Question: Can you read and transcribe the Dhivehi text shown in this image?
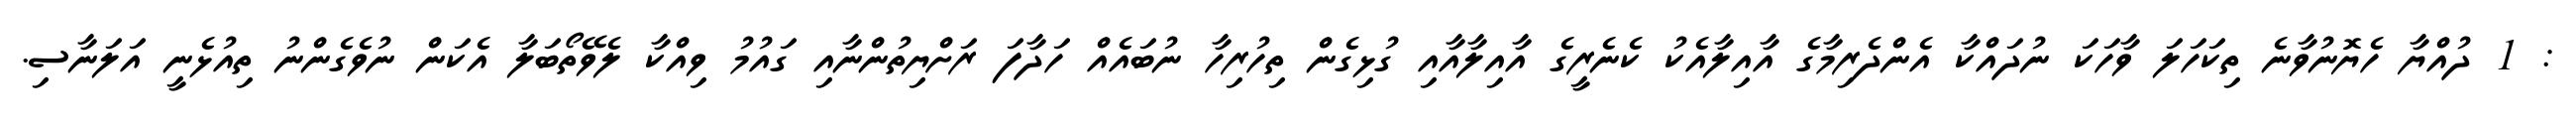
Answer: : 1 ދުއްޔާ ހެޔޮނުވާނެ ތިކަހަލަ ވާހަކަ ނުދައްކާ އެންދެރިމާގެ އާއިލާއެކު ކެނެރީގެ އާއިލާއާއި ގުޅިގެން ތިހުރިހާ ނުބައެއް ހަދާފަ ރަށްޔިތުންނާއި ގައުމު ވިއްކާ ލެވޭތޯބަލާ އެކަން ނުވެގެންނު ތިއުޅެނީ އަލަނާސި.